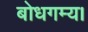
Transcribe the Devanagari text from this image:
बोधगम्य।